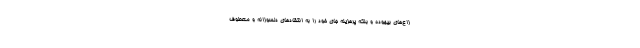
زاع‌های بیهوده و بلکه پرهزینه جای خود را به انتقادهای دلسوزانه و معطوف